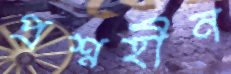
প্রশ্নহীন